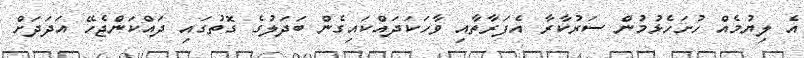
އެ ލިޔުމެއް ހުށަހެޅުމުން ސަރުކާރާ އެފަރާތާއި ވާހަކަދައްކައިގެން ބަދަލުގެ ގޮތުގައި ދައްކަންޖެހޭ އަދަދަށް